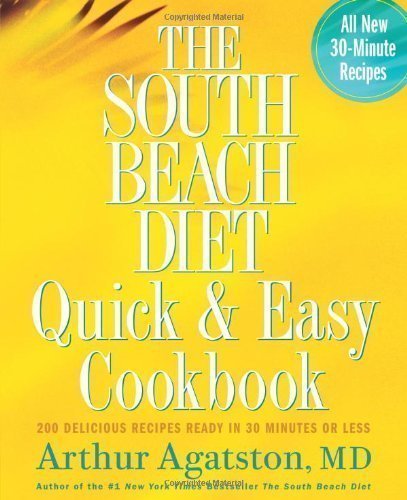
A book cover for The South Beach Diet Quick and Easy Cookbook: 200 Delicious Recipes Ready in 30 Minutes or Less 1st (first) Edition by Arthur Agatston published by Rodale Books (2005) Hardcover; Health, Fitness & Dieting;